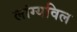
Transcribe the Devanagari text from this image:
लांग्यविल